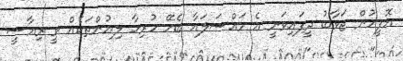
އޮފީހުން ޖަވާބު ދީފައިވަނީ އެ މައްސަލައާ ބެހޭ ހުރިހާ ލިޔުންތަކެއް ވީ ރިއާސީ